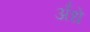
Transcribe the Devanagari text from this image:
अँधे